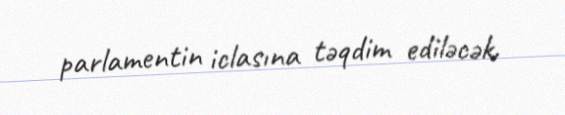
parlamentin iclasına təqdim ediləcək.